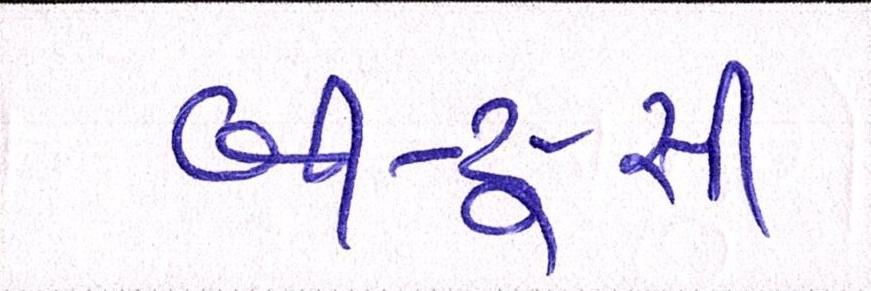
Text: બી-ટુ-સી